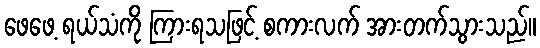
ဖေဖေ့ ရယ်သံကို ကြားရသဖြင့် စကားလက် အားတက်သွားသည်။